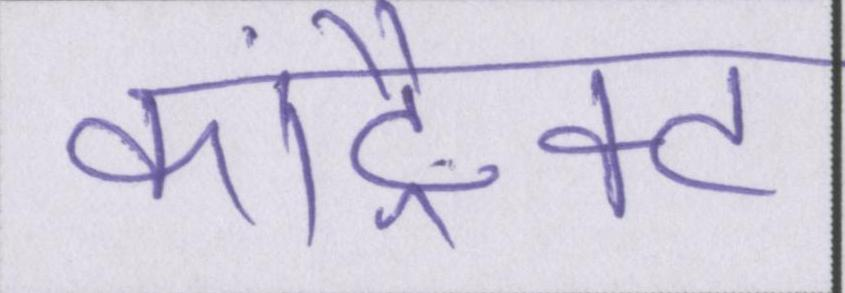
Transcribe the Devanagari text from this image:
कांट्रैक्ट